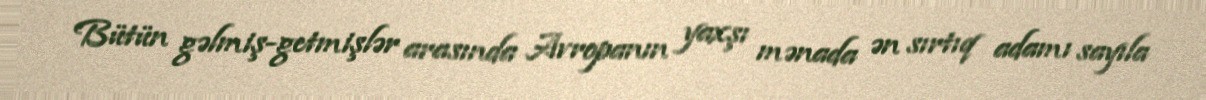
Bütün gəlmiş-getmişlər arasında Avropanın yaxşı mənada ən sırtıq adamı sayıla